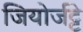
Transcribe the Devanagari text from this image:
जियोर्जट्टे